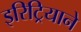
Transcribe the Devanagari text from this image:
इरिट्रियाने